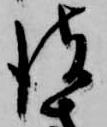
彼